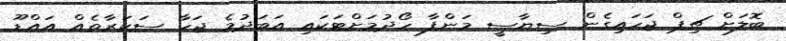
ބޮލަށް ޗިޕް ޖަހައިގެން ސިޔާސީ މަންފާ ހޯދުމަށްޓަކައި އަބަދުމެ ޖަހާ ސަކަރާތެއް އައްޑޫ